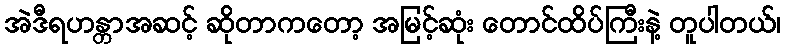
အဲဒီရဟန္တာအဆင့် ဆိုတာကတော့ အမြင့်ဆုံး တောင်ထိပ်ကြီးနဲ့ တူပါတယ်၊